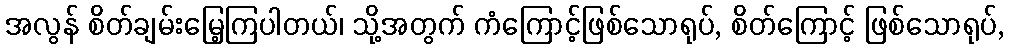
အလွန် စိတ်ချမ်းမြေ့ကြပါတယ်၊ သို့အတွက် ကံကြောင့်ဖြစ်သောရုပ်, စိတ်ကြောင့် ဖြစ်သောရုပ်,